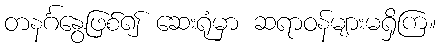
တနင်္ဂနွေဖြစ်၍ ဆေးရုံမှာ ဆရာဝန်များမရှိကြ။